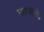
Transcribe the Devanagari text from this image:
चारुचंद्रलेख